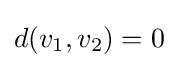
d(v_{1},v_{2})=0